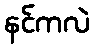
နင်ကလဲ